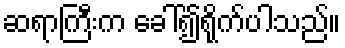
ဆရာကြီးက ခေါ်၍ရိုက်ပါသည်။